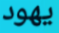
يهود